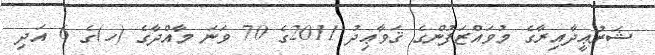
ޝަރުޢީދާއިރާގެ މުވައްޒަފުންގެ ޤަވާޢިދު 2011ގެ 70 ވަނަ މާއްދާގެ (ހ)ގެ 6 އަދި